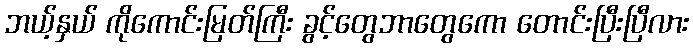
ဘယ့်နှယ် ကိုကောင်းမြတ်ကြီး ခွင့်တွေဘာတွေကော တောင်းပြီးပြီလား